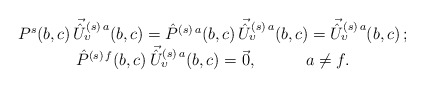
\begin{align*}\begin{array}{c}P^s(b,c)\, \vec{\hat U}^{(s)\,a}_{\upsilon}(b,c)= \hat P^{(s)\,a}(b,c)\, \vec{\hat U}^{(s)\,a}_{\upsilon}(b,c)=\vec{\hat U}^{(s)\,a}_{\upsilon}(b,c)\, ;\\\hat P^{(s)\,f}(b,c)\, \vec{\hat U}^{(s)\,a}_{\upsilon}(b,c)=\vec 0,\qquad\quad a\neq f.\end{array}\end{align*}